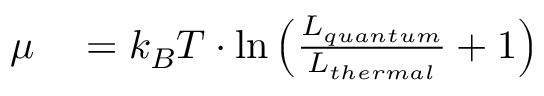
\begin{array} { r l } { \mu } & { { } = k _ { B } T \cdot \ln \left( \frac { L _ { q u a n t u m } } { L _ { t h e r m a l } } + 1 \right) } \end{array}